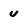
Character: u